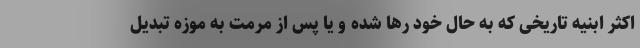
اکثر ابنیه تاریخی که به حال خود رها شده و یا پس از مرمت به موزه تبدیل